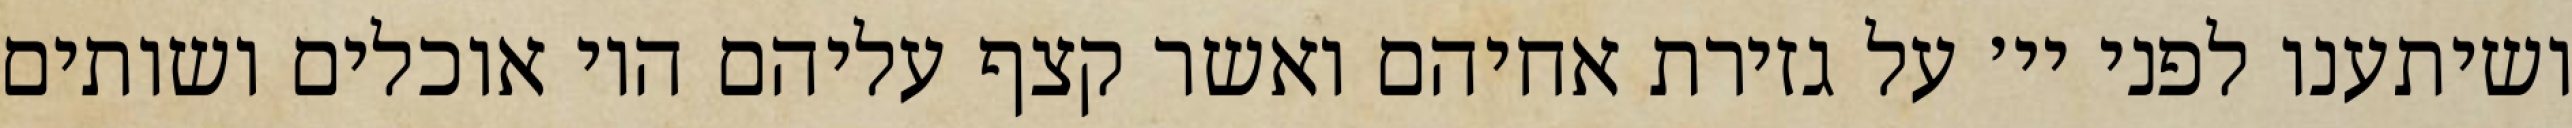
ושיתענו לפני יי׳ על גזירת אחיהם ואשר קצף עליהם היו אוכלים ושותים